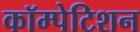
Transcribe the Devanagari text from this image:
कॉम्पेटिशन